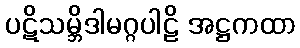
ပဋိသမ္ဘိဒါမဂ္ဂပါဠိ အဋ္ဌကထာ